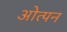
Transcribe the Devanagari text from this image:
ओत्पन